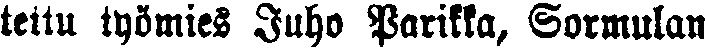
tettu työmies Juho Parikka, Sormulan